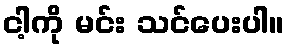
ငါ့ကို မင်း သင်ပေးပါ။